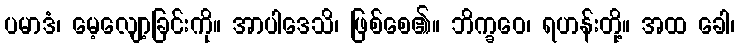
ပမာဒံ၊ မေ့လျော့ခြင်းကို။ အာပါဒေသိ၊ ဖြစ်စေ၏။ ဘိက္ခဝေ၊ ရဟန်းတို့။ အထ ခေါ၊